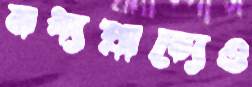
মধ্যপ্রাচ্যেও